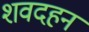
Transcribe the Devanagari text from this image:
शवदहन